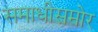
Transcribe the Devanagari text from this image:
समाधीसमोर